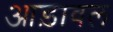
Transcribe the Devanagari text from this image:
आड़ावल